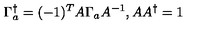
\Gamma _ { a } ^ { \dagger } = ( - 1 ) ^ { T } A \Gamma _ { a } A ^ { - 1 } , A A ^ { \dagger } = 1